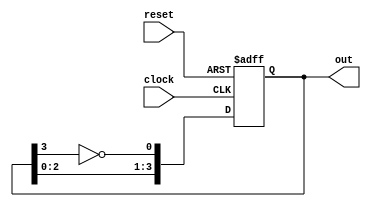
module JohnsonCounter #(
  parameter NUM_BITS = 4
)(
  input wire clock,
  input wire reset,
  output reg [NUM_BITS-1:0] out
);

// Internal signals
reg [NUM_BITS-1:0] q;

always @(posedge clock or posedge reset) begin
  if (reset) begin
    q <= 'd0;
  end else begin
    q <= {q[NUM_BITS-2:0], ~q[NUM_BITS-1]};
  end
end

assign out = q;

endmodule